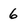
Character: 6